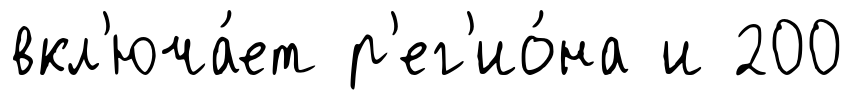
вкл'юча́ет р'ег'ио́на и 200